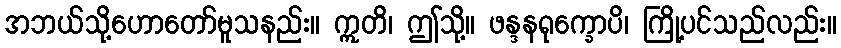
အဘယ်သို့ဟောတော်မူသနည်း။ ဣတိ၊ ဤသို့။ ဖန္ဒနရုက္ခောပိ၊ ကြို့ပင်သည်လည်း။